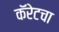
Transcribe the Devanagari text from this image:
कॅरेटचा